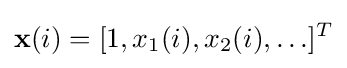
\mathbf {x} (i)=[1,x_{1}(i),x_{2}(i),\ldots ]^{T}